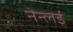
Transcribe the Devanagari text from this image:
नेन्लई